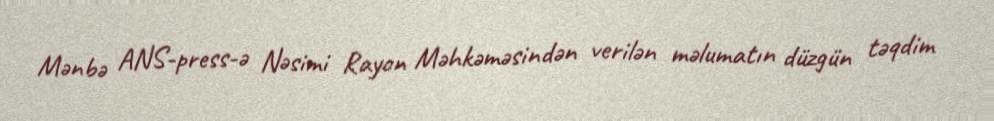
Mənbə ANS-press-ə Nəsimi Rayon Məhkəməsindən verilən məlumatın düzgün təqdim